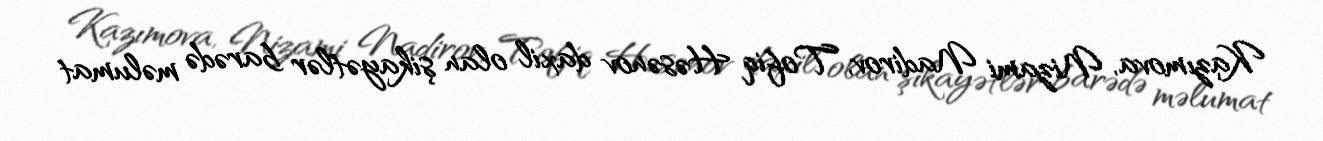
Kazımova, Nizami Nadirov, Tofiq Həsənov daxil olan şikayətlər barədə məlumat